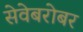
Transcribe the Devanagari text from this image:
सेवेबरोबर